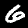
Digit: 6